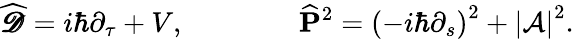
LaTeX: {\widehat{\pmb{\mathscr{D}}}}=i\hbar\partial_{\tau}+V,\qquad\qquad{\widehat{\mathbf P}}^{2}={\left(-i\hbar\partial_{s}\right)}^{2}+{\left|{\cal A}\right|}^{2}.